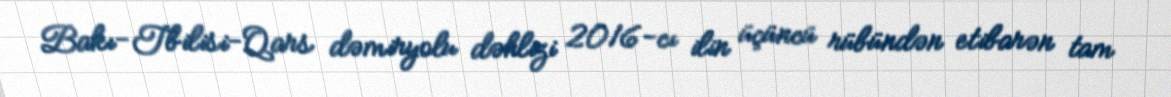
Bakı-Tbilisi-Qars dəmiryolu dəhlizi 2016-cı ilin üçüncü rübündən etibarən tam